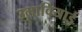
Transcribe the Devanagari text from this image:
उमावियाई